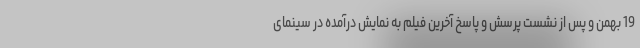
19 بهمن و پس از نشست پرسش و پاسخ آخرین فیلم به نمایش درآمده در سینمای